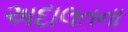
અદાલતના